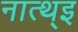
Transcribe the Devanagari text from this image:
नात्थ्इ